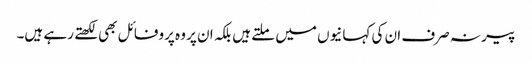
پیر نہ صرف ان کی کہانیوں میں ملتے ہیں بلکہ ان پر وہ پروفائل بھی لکھتے رہے ہیں۔